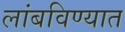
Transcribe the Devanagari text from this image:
लांबविण्यात